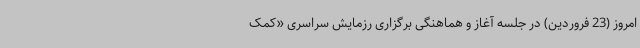
امروز (23 فروردین) در جلسه آغاز و هماهنگی برگزاری رزمایش سراسری «کمک‌